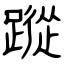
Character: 蹤